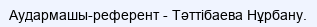
Аудармашы-референт - Тәттібаева Нұрбану.